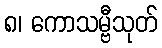
၈၊ ကောသမ္ဗီသုတ်